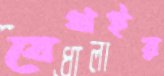
বেথইর